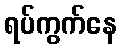
ရပ်ကွက်နေ